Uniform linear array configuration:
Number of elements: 4
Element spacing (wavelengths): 1
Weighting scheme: cosine
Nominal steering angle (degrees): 0
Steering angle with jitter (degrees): -1.815
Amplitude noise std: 0.05
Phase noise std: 0.05

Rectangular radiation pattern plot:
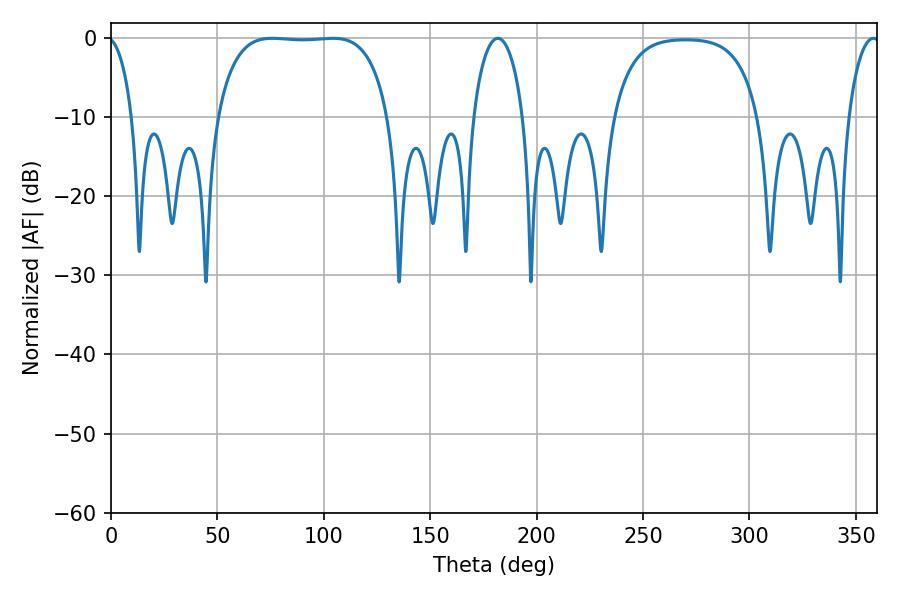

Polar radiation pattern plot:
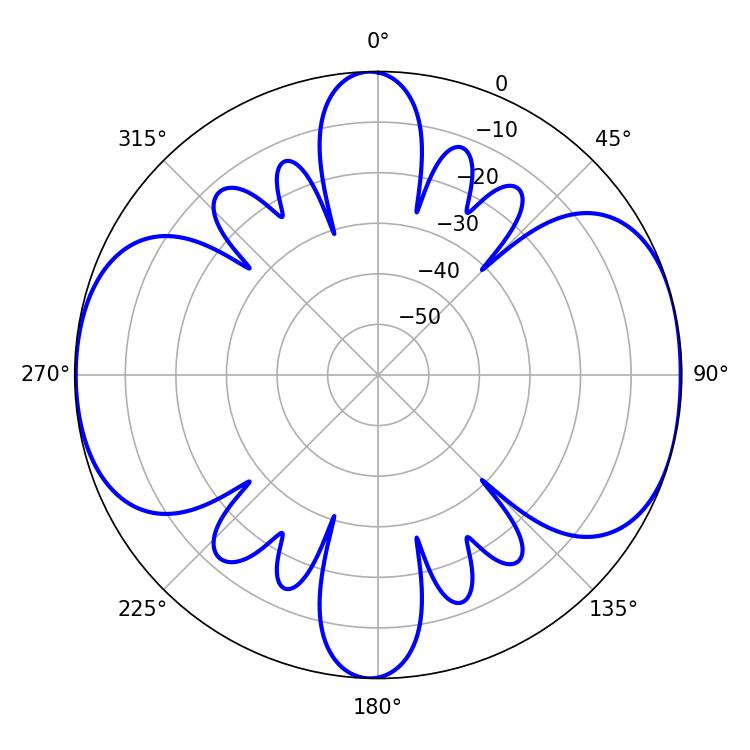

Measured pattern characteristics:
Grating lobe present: TRUE
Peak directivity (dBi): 9.242
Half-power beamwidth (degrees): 63.36
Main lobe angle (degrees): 75.78